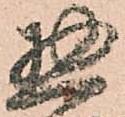
惣